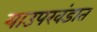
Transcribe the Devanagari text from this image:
याउपखंडात